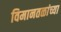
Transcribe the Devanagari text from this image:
विमानतळांच्या